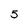
Character: 5